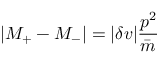
| M _ { + } - M _ { - } | = | \delta v | { \frac { p ^ { 2 } } { \bar { m } } }